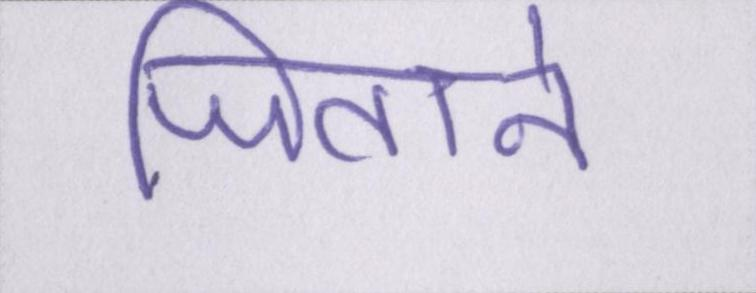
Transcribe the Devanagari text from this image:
जिताने